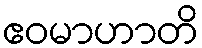
ဧဝမာဟာတိ